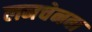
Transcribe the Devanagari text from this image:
लनचेनबा